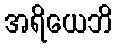
အရိယေဘိ